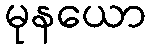
မုနယော